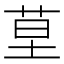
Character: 𦯖